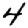
Digit: 4